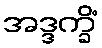
အဒ္ဒက္ခိံ